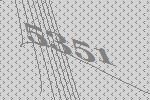
5351